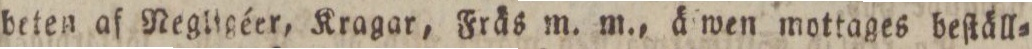
beten af Negligéer, Kragar, Fräs m. m., ä wen mottages beſtäll=